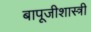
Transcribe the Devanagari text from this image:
बापूजीशास्त्री